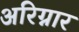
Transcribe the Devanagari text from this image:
अरिग्नार